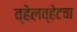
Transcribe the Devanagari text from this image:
व्हेलव्हेटचा